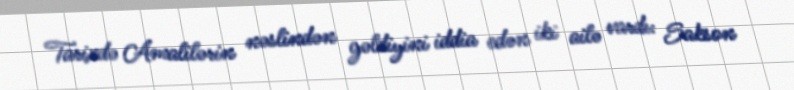
Tarixdə Amalilərin nəslindən gəldiyini iddia edən iki ailə vardı: Sakson